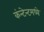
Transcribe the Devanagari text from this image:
कंन्टेन्टमध्ये